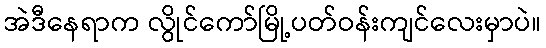
အဲဒီနေရာက လွိုင်ကော်မြို့ပတ်ဝန်းကျင်လေးမှာပဲ။